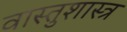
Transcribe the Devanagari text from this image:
वास्‍तुशास्‍त्र